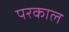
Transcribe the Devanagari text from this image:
परकाल